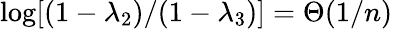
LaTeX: \log[(1-\lambda_{2})/(1-\lambda_{3})]=\Theta(1/n)